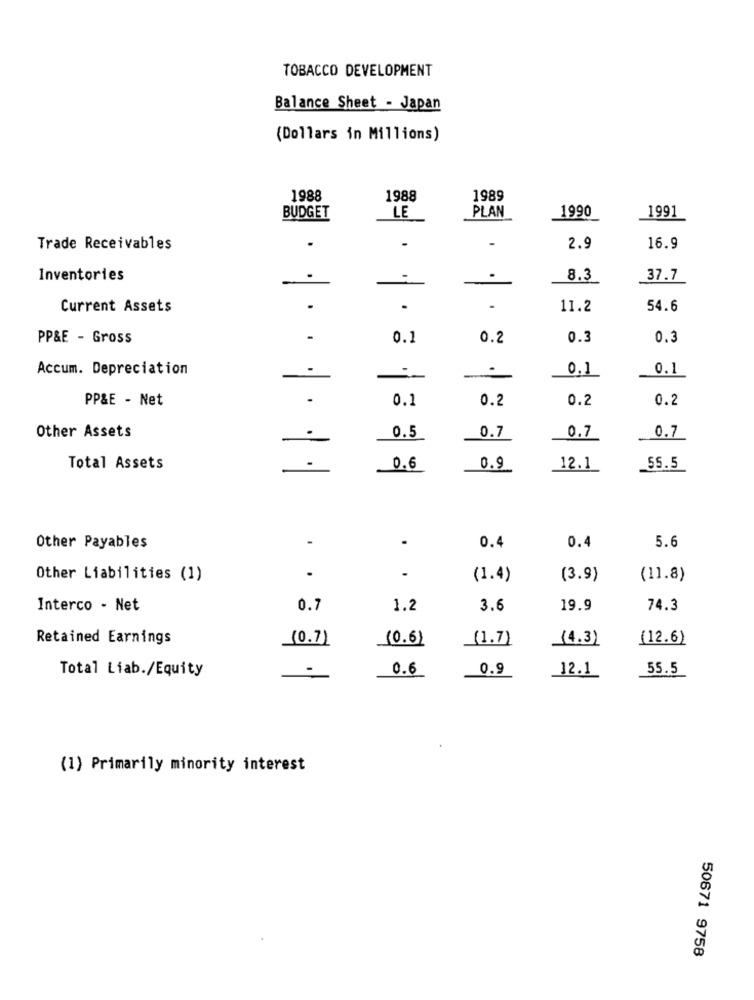
TOBACCO DEVELOPMENT
Balance Sheet - Japan
(Dollars in Millions)
1988
1988
1989
PLAN
1990
BUDGET
LE
1991
.
-
Trade Receivables
2.9
16.9
Inventories
.
8.3
37.7
-
Current Assets
.
.
.
11.2
54.6
PP&E - Gross
0.1
0.2
0.3
0.3
Accum. Depreciation
0.1
0.1
PP&E - Net
.
0.1
0.2
0.2
0.2
.
0.7
Other Assets
0.5
0.7
0.7
Total Assets
0.6
0.9
12.1
55.5
.
Other Payables
0.4
0.4
5.6
.
Other Liabilities (1)
.
(1.4)
(3.9)
(11.8)
Interco - Net
0.7
1.2
3.6
19.9
74.3
Retained Earnings
(0.7)
(0.6)
(1.7)
(4.3)
(12.6)
Total Liab./Equity
0.9
12.1
0.6
55.5
(1) Primarily minority interest
50671 9758